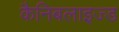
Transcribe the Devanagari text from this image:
कैनिबलाइज्ड